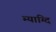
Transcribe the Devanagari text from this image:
म्याग्दि